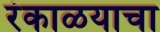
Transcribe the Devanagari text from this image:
रंकाळयाचा